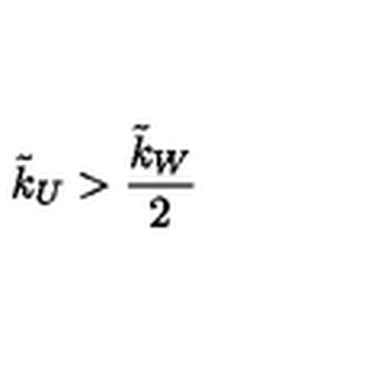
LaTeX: \tilde { k } _ { U } > \frac { \tilde { k } _ { W } } { 2 }